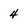
Character: 4